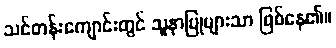
သင်တန်းကျောင်းတွင် သူနာပြုများသာ ဖြစ်နေ၏။